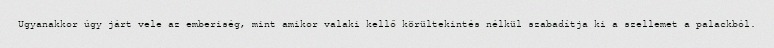
Ugyanakkor úgy járt vele az emberiség, mint amikor valaki kellő körültekintés nélkül szabadítja ki a szellemet a palackból.